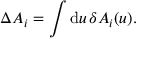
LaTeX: \Delta A _ { i } = \int \mathrm { d } u \, \delta A _ { i } ( u ) .